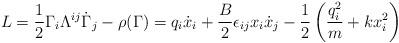
LaTeX: \begin{align*}L = \frac{1}{2} \Gamma_i \Lambda^{ij} \dot{\Gamma}_j - \rho(\Gamma ) = q_i \dot{x}_i + \frac{B}{2} \epsilon_{ij} x_i \dot{x}_j - \frac{1}{2}\left( \frac{q^2_i}{m} + kx^2_i \right) \end{align*}